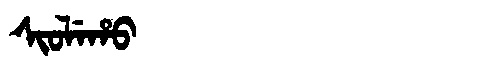
Manchu: ᠰᡳᠣᠯᡝᡥᠣ
Romanization: SIOLEHO